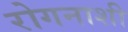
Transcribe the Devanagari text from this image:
रोगनाशी